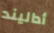
أداليند